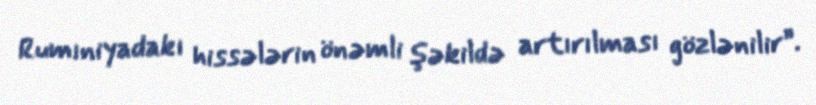
Rumıniyadakı hissələrin önəmli şəkildə artırılması gözlənilir”.